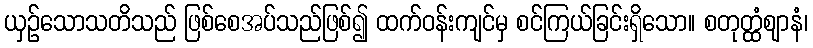
ယှဉ်သောသတိသည် ဖြစ်စေအပ်သည်ဖြစ်၍ ထက်ဝန်းကျင်မှ စင်ကြယ်ခြင်းရှိသော။ စတုတ္ထံဈာနံ၊